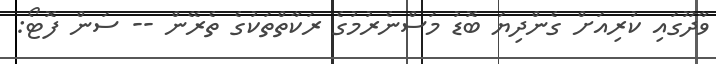
ވާދޫގައި ކުރިއަށް ގެންދިޔަ ބޮޑު މަސްނެރުމުގެ ރަކާތްތަކުގެ ތެރޭން -- ސަން ފޮޓޯ: